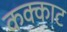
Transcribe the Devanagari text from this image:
कक्काट